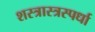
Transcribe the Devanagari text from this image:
शस्त्रास्त्रस्पर्धा